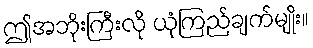
ဤအဘိုးကြီးလို ယုံကြည်ချက်မျိုး။